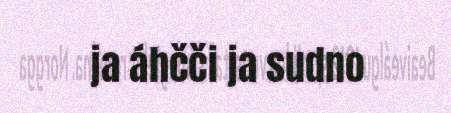
ja áhčči ja sudno